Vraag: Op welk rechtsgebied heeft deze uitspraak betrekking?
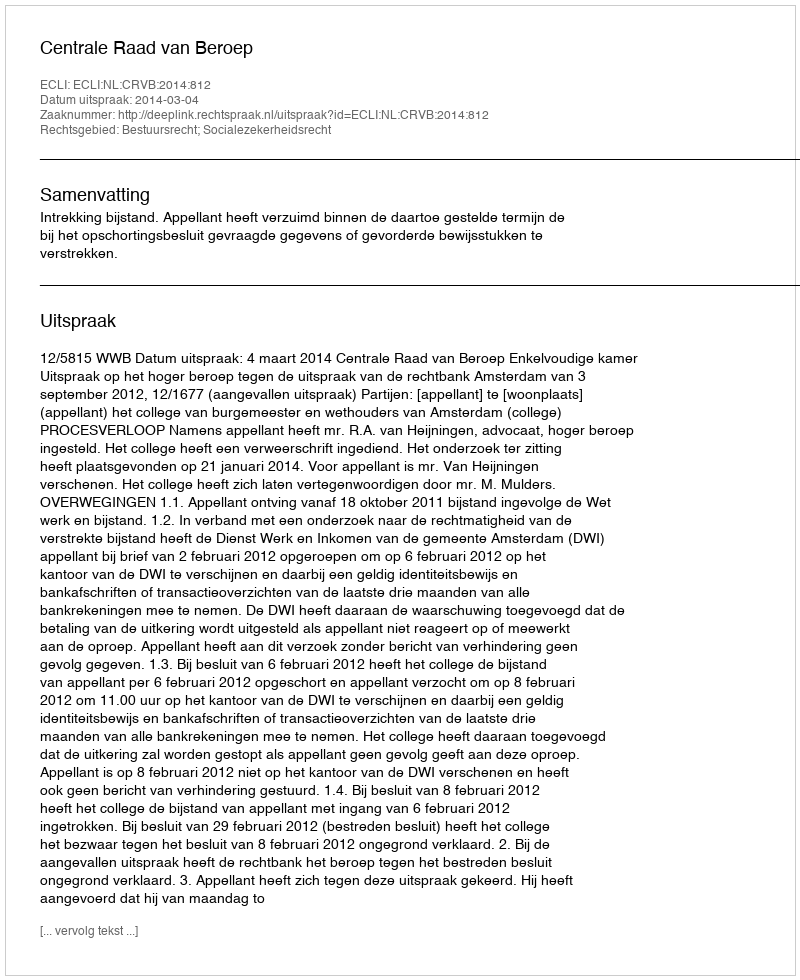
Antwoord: Bestuursrecht; Socialezekerheidsrecht